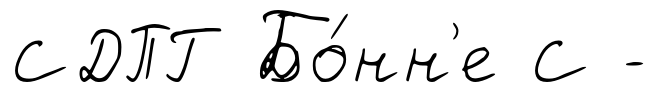
СДПГ Бо́нн'е С -